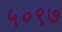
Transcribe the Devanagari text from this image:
५०९७